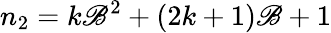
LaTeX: n_{2}=k\mathscr{B}^{2}+(2k+1)\mathscr{B}+1